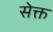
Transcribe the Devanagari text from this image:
सेक्त